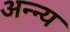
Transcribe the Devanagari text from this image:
अन्न्य